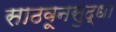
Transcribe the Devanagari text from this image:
साठवूनसुद्धा